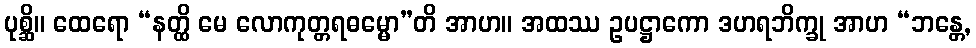
ပုစ္ဆိ။ ထေရော “နတ္ထိ မေ လောကုတ္တရဓမ္မော”တိ အာဟ။ အထဿ ဥပဋ္ဌာကော ဒဟရဘိက္ခု အာဟ “ဘန္တေ,